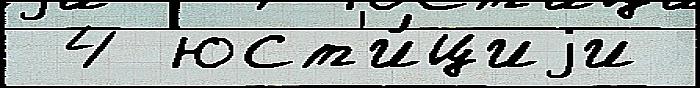
 4 юст'и́циjи